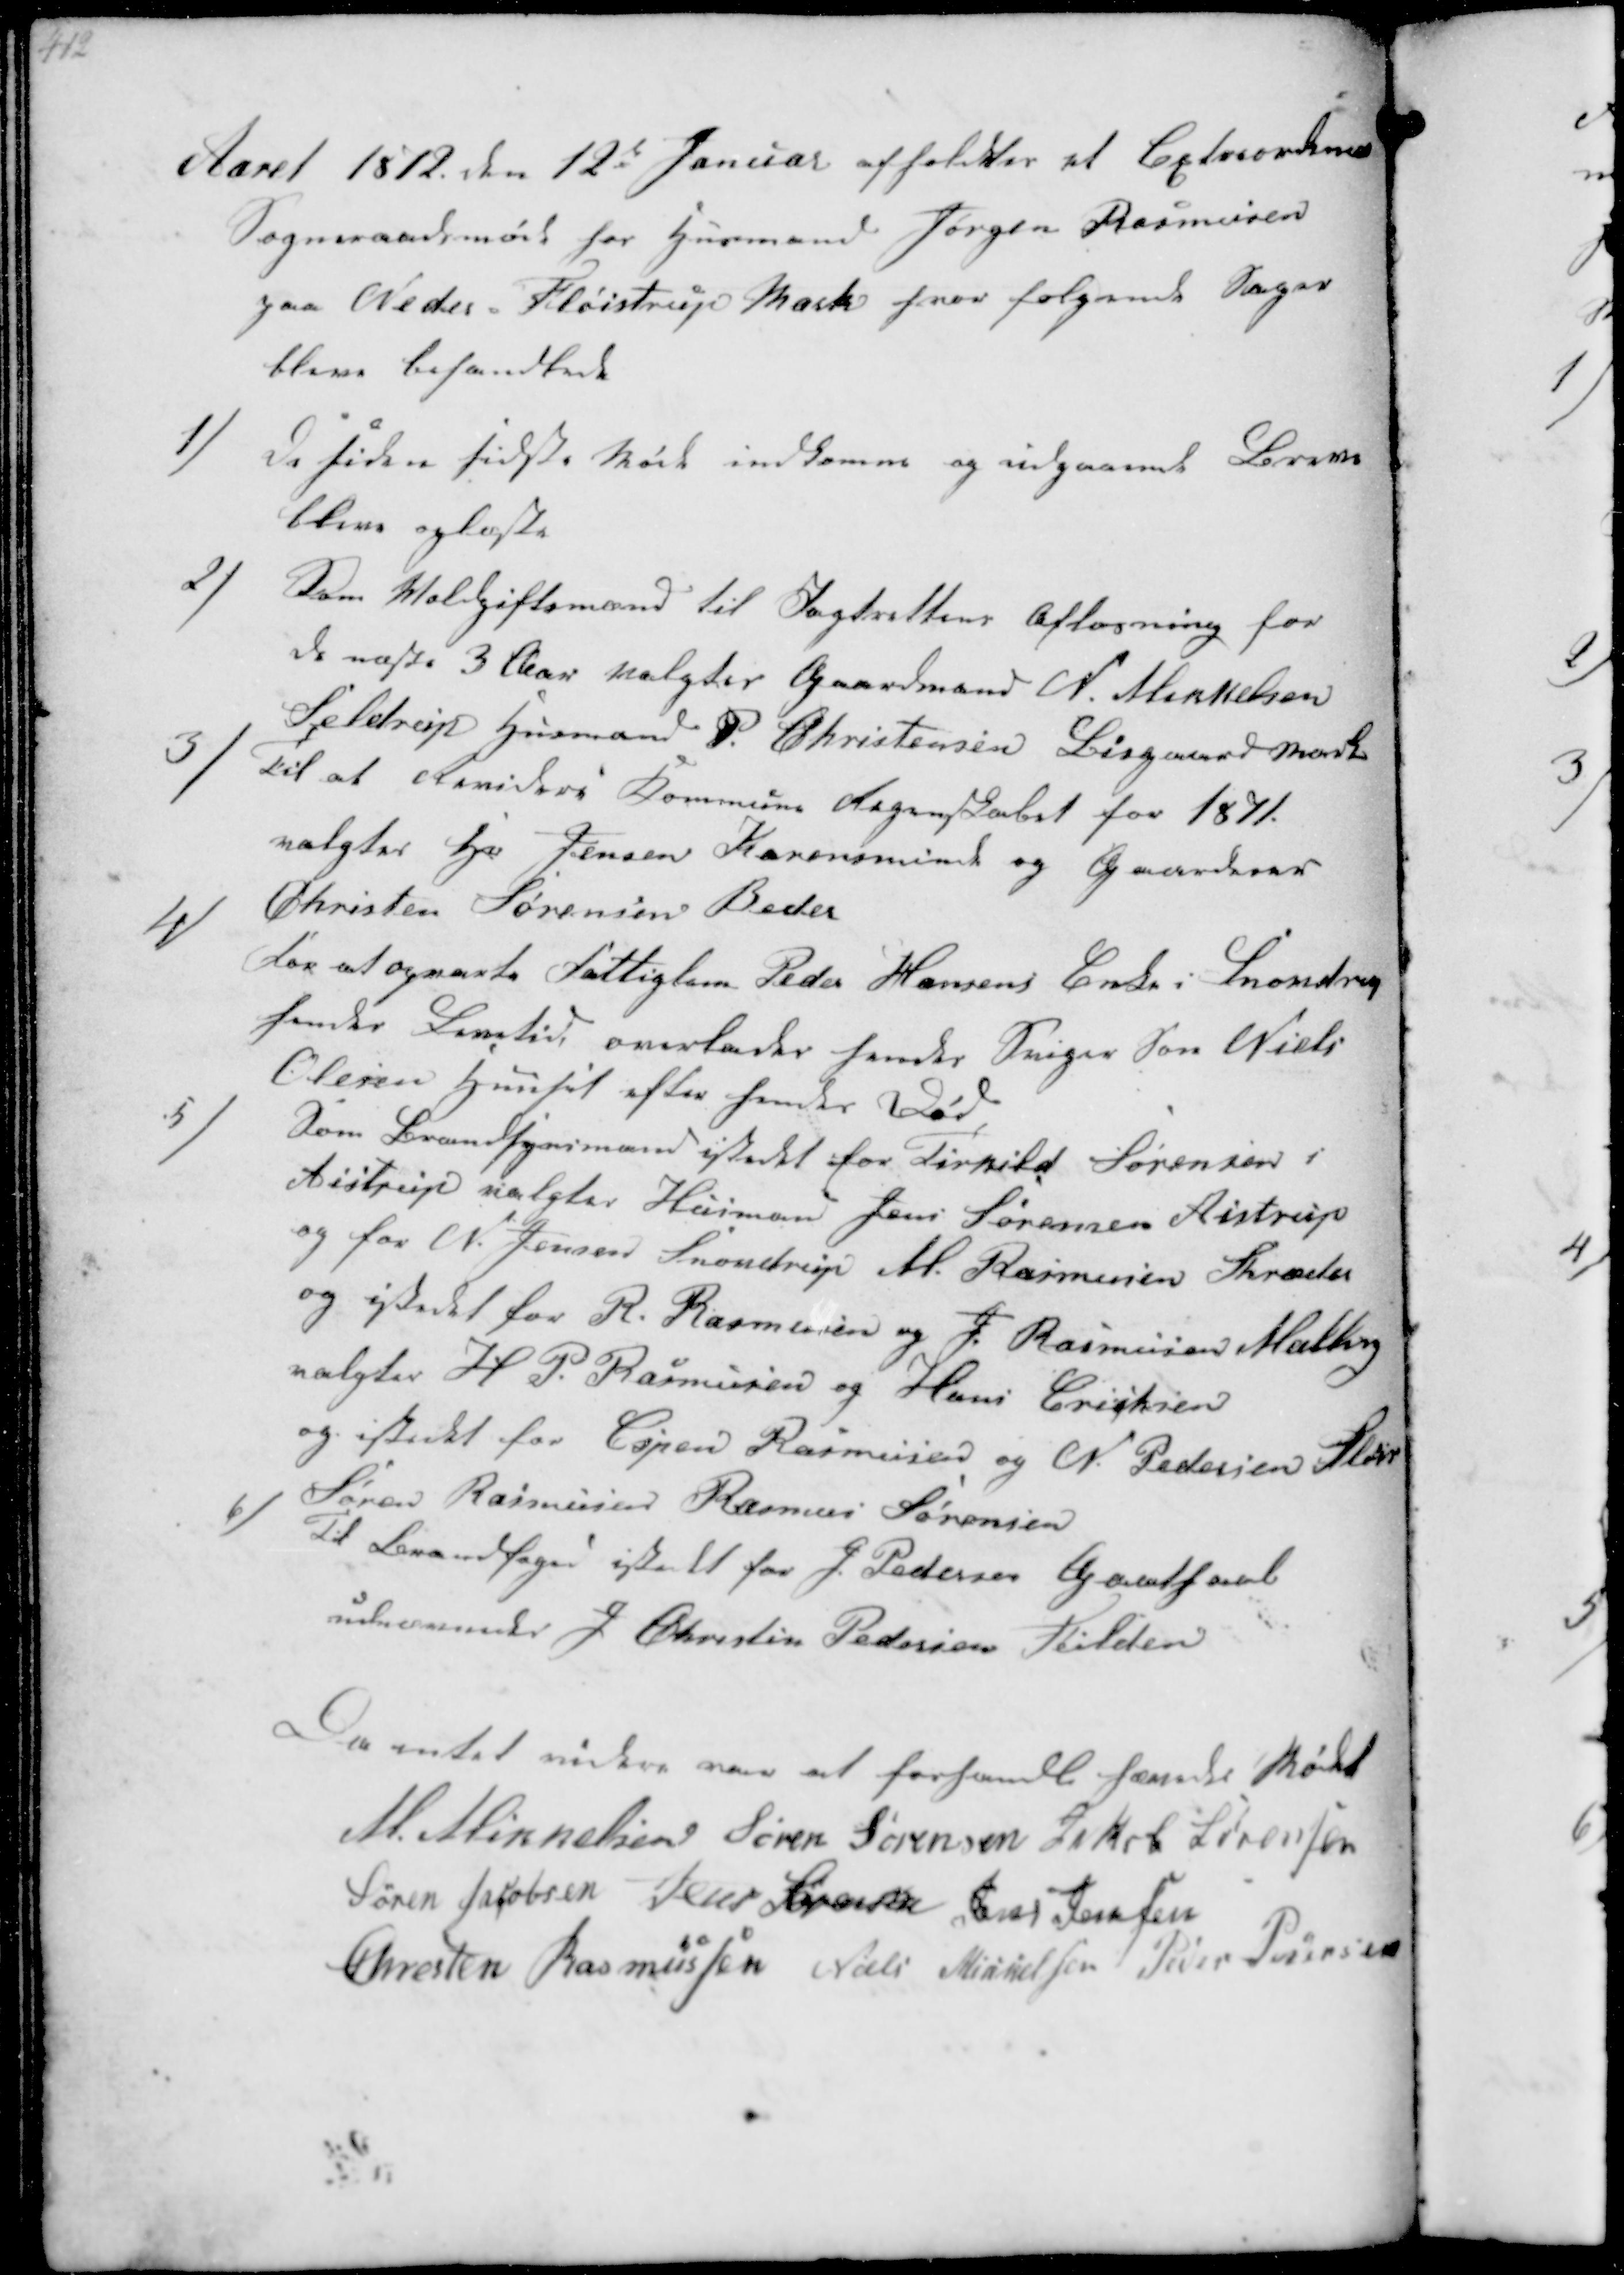
Transskription:
Aaret 1812 den 12de Januar afholdtes et Extraordinært
Sogneraadsmøde hos Husmand Jørgen Rasmussen
paa Neder Fløistrup Mark hvor følgende Sager
blev behandlede

1/
De tiden sidste øde indkomne og udgaaende Breve
bleve oplæste
2/
Som Voldgiftsmand til Jagtrettens Afløsning for
de næste 3 Aar valgtes Gaardmand N. Mikkelsen
Seldrup Husmand P. Christensen Bisgaaard Mark
3/
Til at Revidere Kommunens Aarsregnskab for 1871
valgtes N Jensen Karensminde og Gaardmand
Christen Sørensen Beder
4/
For at  Fattiglem Peder Hansens Enke i Snovdrup
hendes Levetid overlades hendes Sager Søn Niels
Olesen hjemført efter hendes Død.
5/
Som Brandsynsmand istedet for Terkild Sørensen i
Aistrup valgtes Husmand Jens Sørensen Aistrup
og for N. Jensen Snovdrup M. Rasmussen Skræder
og istedet for R. Rasmussen og J. Rasmussen Malling
valgtes H P. Rasmussen og Hans Eriksen
og istedet for Espen Rasmussen og N. Pedersen Elkjær
Søren Rasmussen Rasmus Sørensen
6/
Til Brandfoged istedet for J. Pedersen Godthaab
udnævntes J Christen Pedersen Fulden

Da intet videre var at forhandle hævedes Mødet
M. Mikkelsen Søren Sørensen Jakob Sørensen
Søren Jacobsen Jens Sørensen Jens Jensen
Chresten Rasmussen Niels Mikkelsen Peder Pedersen